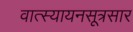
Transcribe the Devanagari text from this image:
वात्स्यायनसूत्रसार